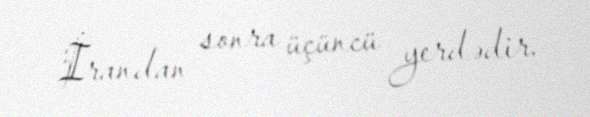
İrandan sonra üçüncü yerdədir.